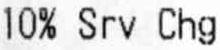
10% SRV CHG